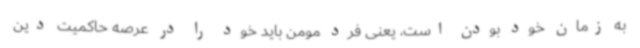
به زمان خود بودن است، یعنی فرد مومن باید خود را در عرصه حاکمیت دین